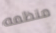
منظمه